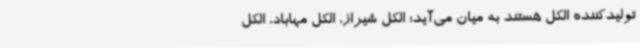
تولیدکننده الکل هستند به میان می‌آید؛ الکل شیراز، الکل مهاباد، الکل